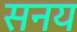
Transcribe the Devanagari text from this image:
सनय